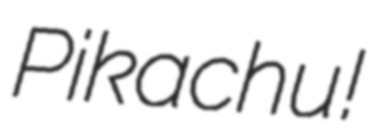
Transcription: Pikachu!